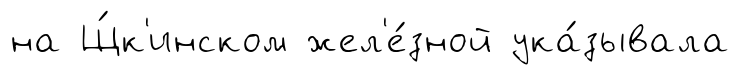
на Щ́к'инском жел'е́зной ука́зывала